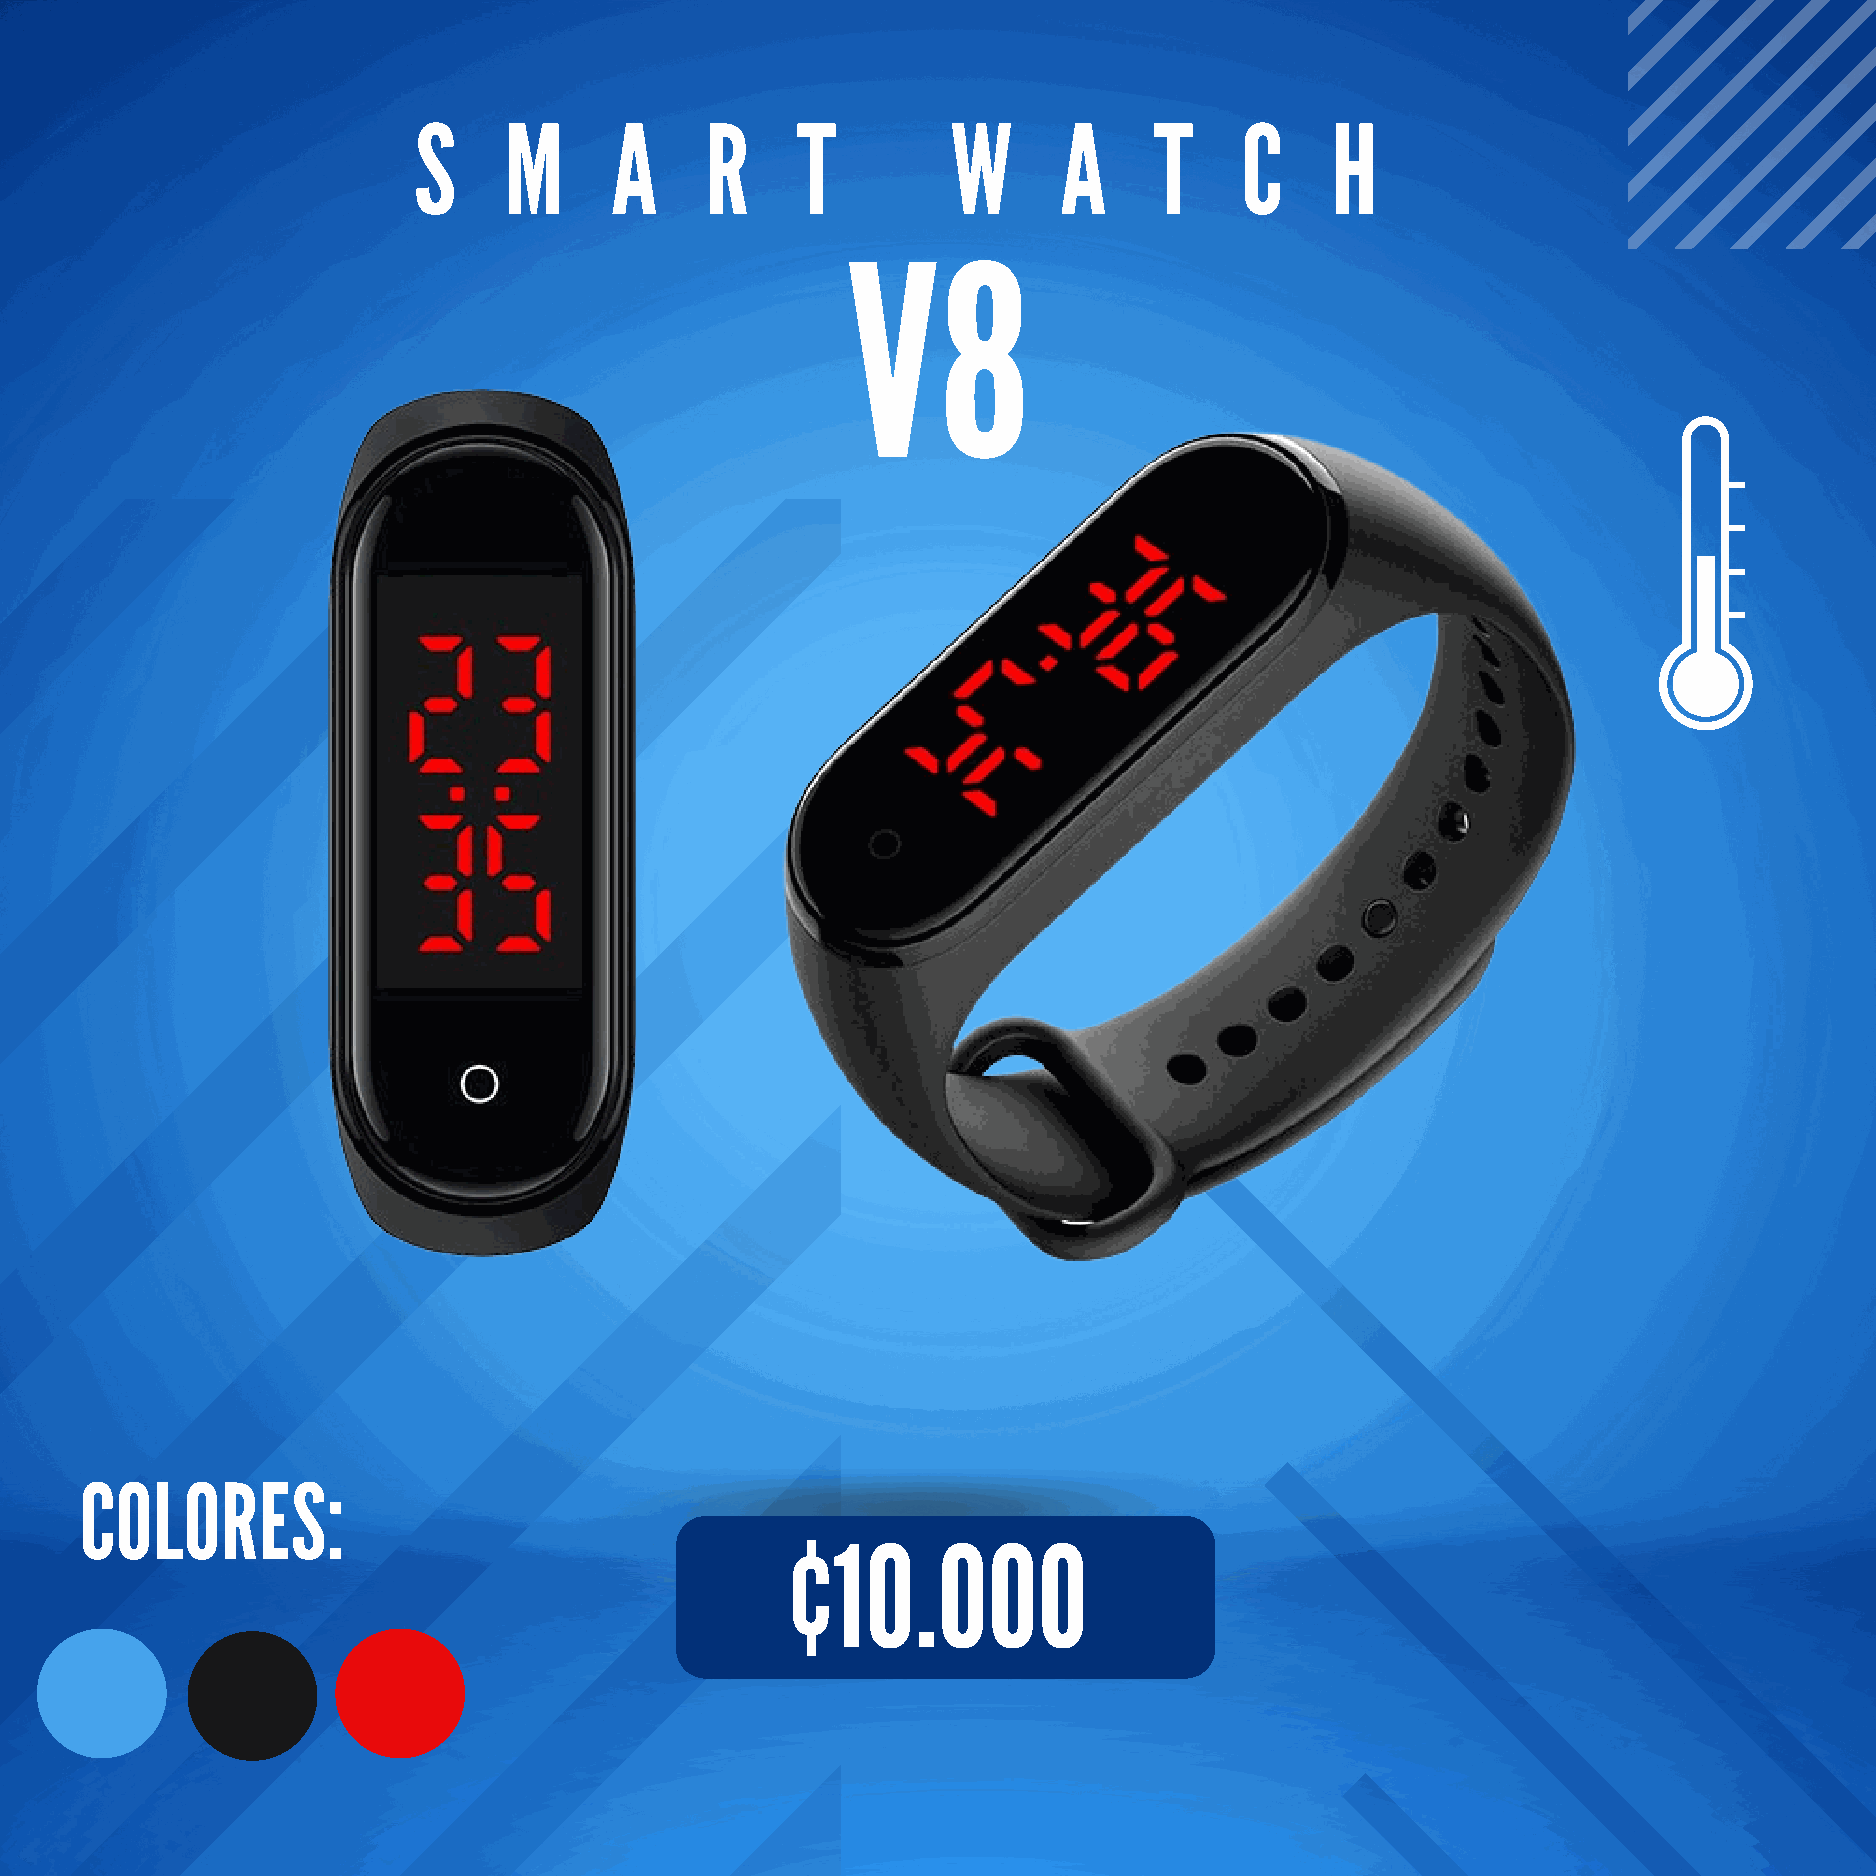
S     M      A      R     T         W      A     T     C     H
 V8
 COLORES:
 ¢10.000